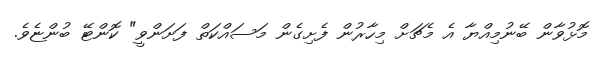
މޮޅުވާން ބޭނުމިއްޔާ އެ މެޗަށް މިހާރުން ފެށިގެން މަސައްކަތް ފަށަންވީ" ކޮންޓޭ ބުންޏެވެ.